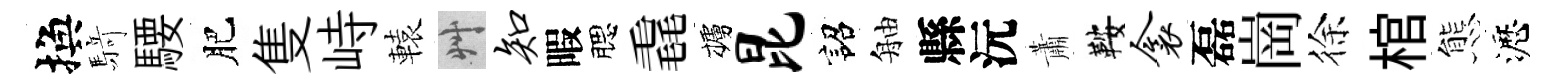
換𮪍騕肥隻峙轅艸知暇腮毳櫨昆詔舳縣沅蕭鞍衾磊崗徐棺態瀝